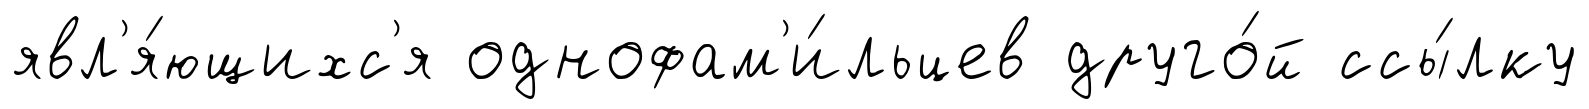
явл'я́ющихс'я однофам'и́льцев друго́й ссы́лку